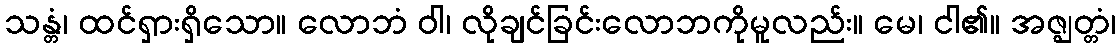
သန္တံ၊ ထင်ရှားရှိသော။ လောဘံ ဝါ၊ လိုချင်ခြင်းလောဘကိုမူလည်း။ မေ၊ ငါ၏။ အဇ္ဈတ္တံ၊